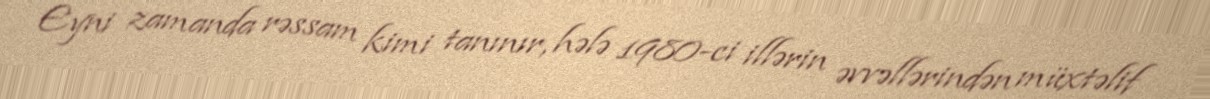
Eyni zamanda rəssam kimi tanınır, hələ 1980-ci illərin əvvəllərindən müxtəlif